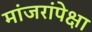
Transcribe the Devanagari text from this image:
मांजरांपेक्षा